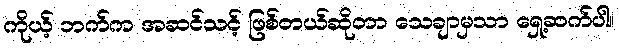
ကိုယ့် ဘက်က အဆင်သင့် ဖြစ်တယ်ဆိုတာ သေချာမှသာ ရှေ့ဆက်ပါ။